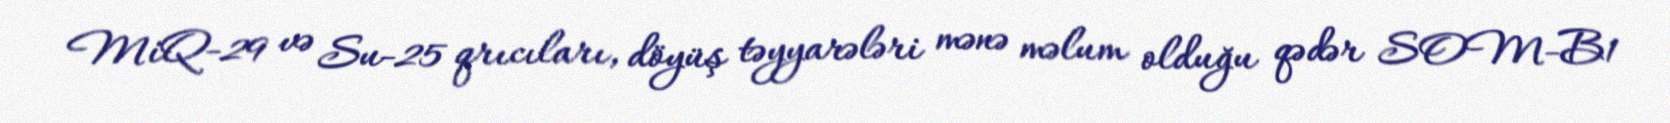
MiQ-29 və Su-25 qrıcıları, döyüş təyyarələri mənə məlum olduğu qədər SOM-B1